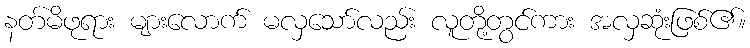
နတ်မိဖုရား များလောက် မလှသော်လည်း လူတို့တွင်ကား အလှဆုံးဖြစ်၏။